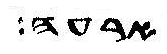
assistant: ארעה